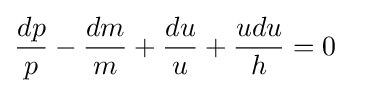
{\begin{aligned}{\frac {dp}{p}}-{\frac {dm}{m}}+{\frac {du}{u}}+{\frac {udu}{h}}&=0\end{aligned}}